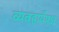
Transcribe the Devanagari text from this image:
व्यवहार्यपक्ष